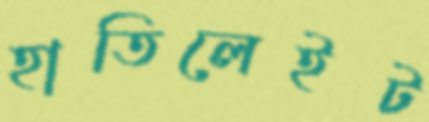
হাতিলেইট